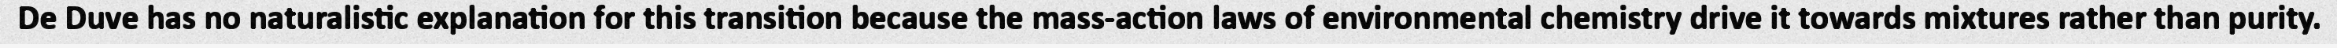
De Duve has no naturalistic explanation for this transition because the mass-action laws of environmental chemistry drive it towards mixtures rather than purity.